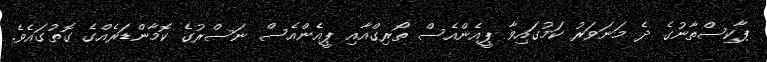
ޕާކިސްތާނުގެ ދެ މަނަވަރު ކަމުގައިވާ ޕީއެންއެސް ތޯރިގްއާއި ޕީއެންއެސް ނަސްރުގެ ކޮމާންޑަރެއްގެ ގޮތުގައެވެ.